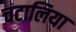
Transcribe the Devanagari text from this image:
चटालिया